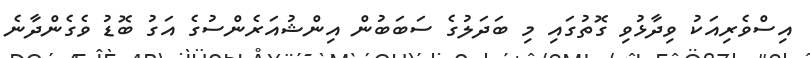
އިސްވެރިއަކު ވިދާޅުވި ގޮތުގައި މި ބަދަލުގެ ސަބަބުން އިންޝުއަރެންސުގެ އަގު ބޮޑު ވެގެންދާނެ